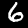
Label: 6